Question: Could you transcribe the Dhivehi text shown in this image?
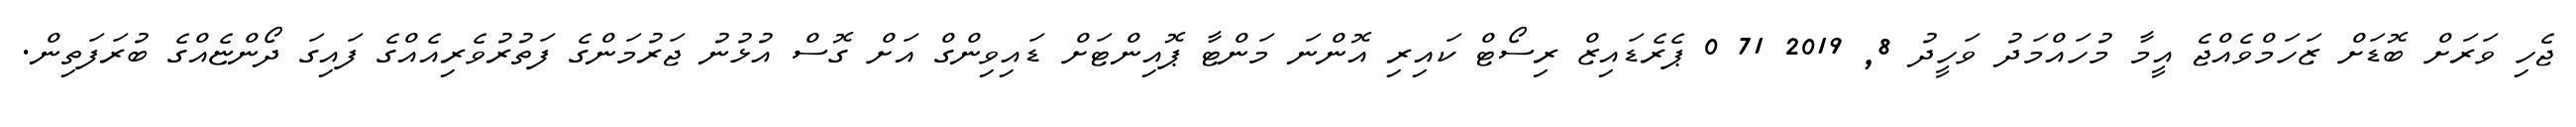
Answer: ޖެހި ވަރަށް ބޮޑަށް ޒަހަމްވެއްޖެ އީމާ މުހައްމަދު ވަހީދު 8, 2019 71 0 ޕެރެޑައިޒް ރިސޯޓް ކައިރި އޮންނަ މަންޓާ ޕޮއިންޓަށް ޑައިވިންގް އަށް ގޮސް އުޅުނު ޖަރުމަންގެ ފަތުރުވެރިއެއްގެ ފައިގަ ދޯންޏެއްގެ ބުރަފަތިން.